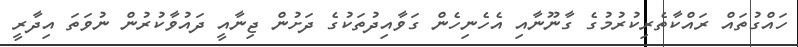
ހައްގުތައް ރައްކާތެރިކުރުމުގެ ގާނޫނާއި އެހެނިހެން ގަވާއިދުތަކުގެ ދަށުން ޖިނާއީ ދައުވާކުރުން ނުވަތަ އިދާރީ